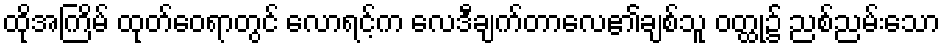
ထိုအကြိမ် ထုတ်ဝေရာတွင် လောရင့်က လေဒီချက်တာလေ၏ချစ်သူ ဝတ္ထု၌ ညစ်ညမ်းသော